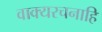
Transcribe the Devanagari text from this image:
वाक्यरचनाहि